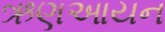
ઋણઆયન